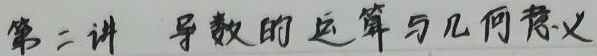
第二讲 导数的运算与几何意义